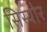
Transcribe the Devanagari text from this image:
सिस्योर